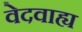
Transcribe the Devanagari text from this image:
वेदवाह्य